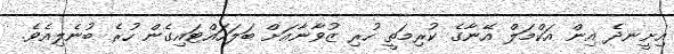
އިށީނދެ އިން އަކްމަލް އޭނާގެ ކުރިމަތީ ހުރި ޒުވާނާއަށް ބަލަހައްޓައިގެން ހުރެ ބުނެލިއެވެ.